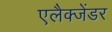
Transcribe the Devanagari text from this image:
एलैक्जेंडर